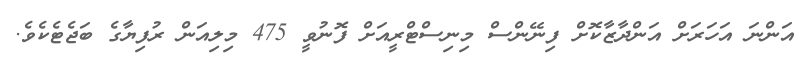
އަންނަ އަހަރަށް އަންދާޒާކޮށް ފިނޭންސް މިނިސްޓްރީއަށް ފޮނުވީ 475 މިލިއަން ރުފިޔާގެ ބަޖެޓެކެވެ.